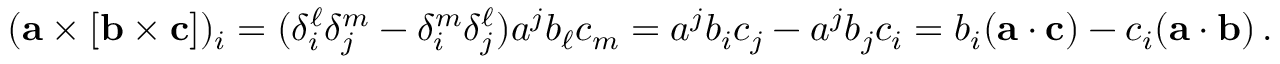
( \mathbf { a } \times [ \mathbf { b } \times \mathbf { c } ] ) _ { i } = ( \delta _ { i } ^ { \ell } \delta _ { j } ^ { m } - \delta _ { i } ^ { m } \delta _ { j } ^ { \ell } ) a ^ { j } b _ { \ell } c _ { m } = a ^ { j } b _ { i } c _ { j } - a ^ { j } b _ { j } c _ { i } = b _ { i } ( \mathbf { a } \cdot \mathbf { c } ) - c _ { i } ( \mathbf { a } \cdot \mathbf { b } ) \, .